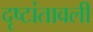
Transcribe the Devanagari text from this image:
दृष्टांतावली